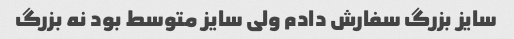
سایز بزرگ سفارش دادم ولی سایز متوسط بود نه بزرگ